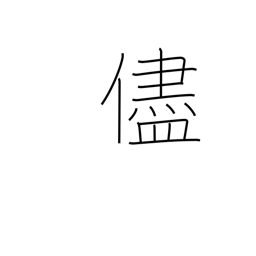
Meaning: because